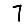
Digit: 7